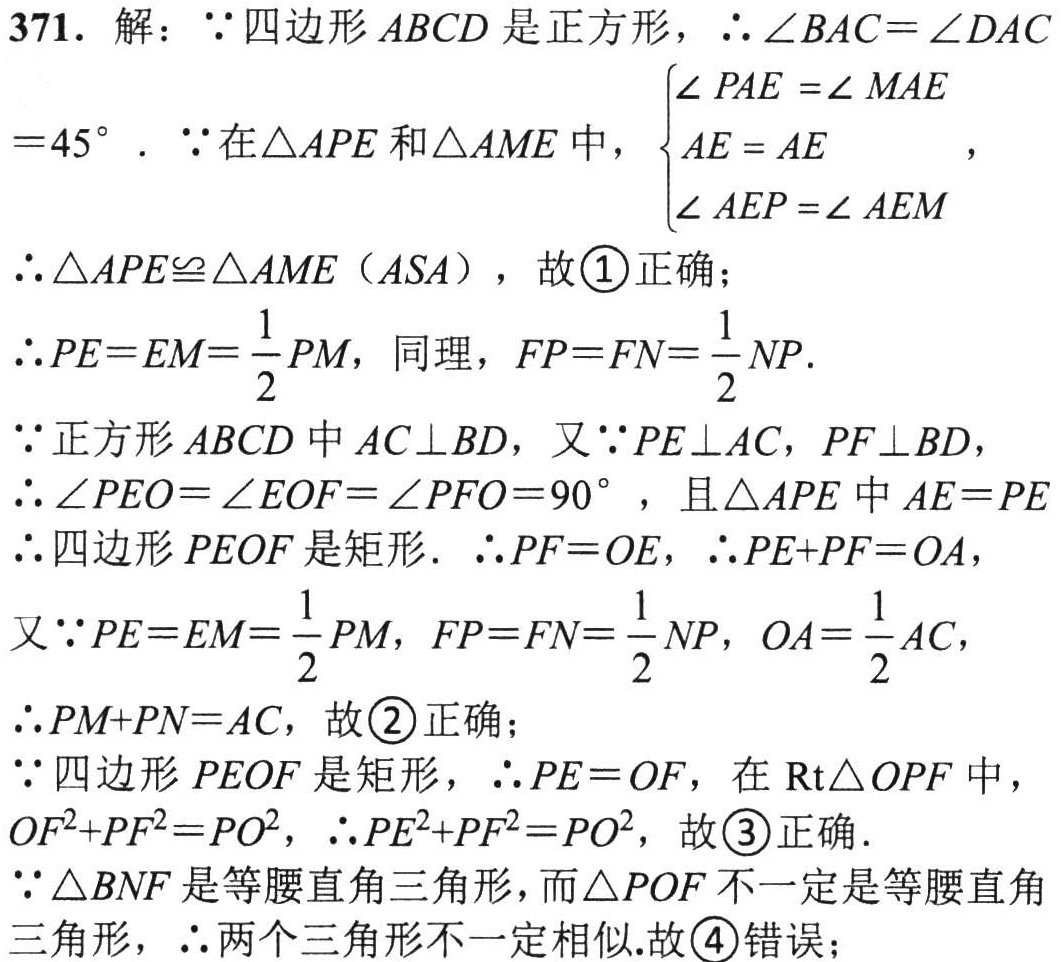
371. 解：$\because$四边形$ABCD$是正方形，$\therefore\angle BAC = \angle DAC$

$= 45^{\circ}$. $\because$在$\triangle APE$和$\triangle AME$中，$\begin{cases}

\angle PAE=\angle MAE\\

AE = AE\\

\angle AEP=\angle AEM

\end{cases}$，

$\therefore\triangle APE\cong\triangle AME$（$ASA$），故\textcircled{1}正确；

$\therefore PE = EM=\dfrac{1}{2}PM$，同理，$FP = FN=\dfrac{1}{2}NP$.

$\because$正方形$ABCD$中$AC\perp BD$，又$\because PE\perp AC$，$PF\perp BD$，

$\therefore\angle PEO=\angle EOF=\angle PFO = 90^{\circ}$，且$\triangle APE$中$AE = PE$

$\therefore$四边形$PEOF$是矩形. $\therefore PF = OE$，$\therefore PE + PF = OA$，

又$\because PE = EM=\dfrac{1}{2}PM$，$FP = FN=\dfrac{1}{2}NP$，$OA=\dfrac{1}{2}AC$，

$\therefore PM + PN = AC$，故\textcircled{2}正确；

$\because$四边形$PEOF$是矩形，$\therefore PE = OF$，在$\text{Rt}\triangle OPF$中，

$OF^{2}+PF^{2}=PO^{2}$，$\therefore PE^{2}+PF^{2}=PO^{2}$，故\textcircled{3}正确.

$\because\triangle BNF$是等腰直角三角形，而$\triangle POF$不一定是等腰直角

三角形，$\therefore$两个三角形不一定相似.故\textcircled{4}错误；